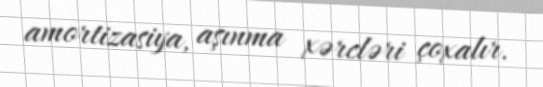
amortizasiya, aşınma xərcləri çoxalır.